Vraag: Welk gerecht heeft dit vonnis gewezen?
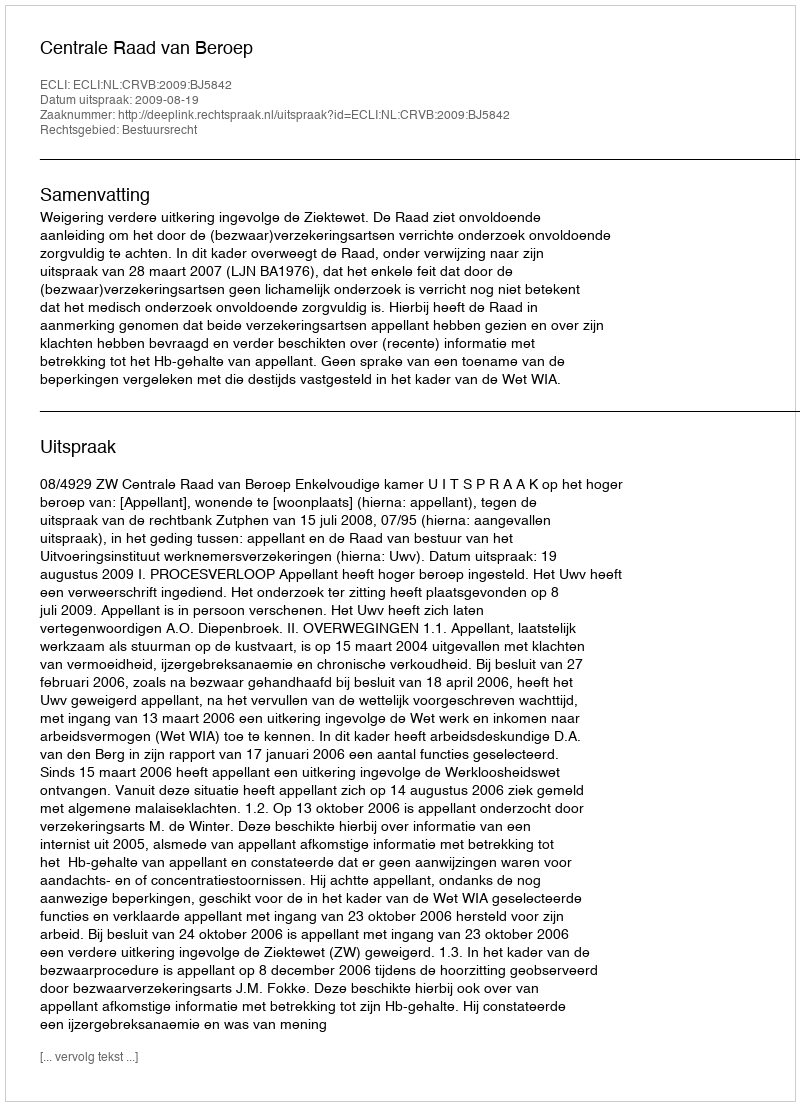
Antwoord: Centrale Raad van Beroep